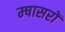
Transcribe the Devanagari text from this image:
म्षासरों